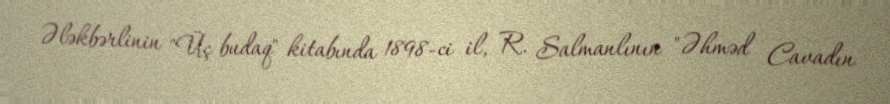
Ələkbərlinin "Üç budaq" kitabında 1898-ci il, R. Salmanlının "Əhməd Cavadın